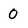
Character: 0